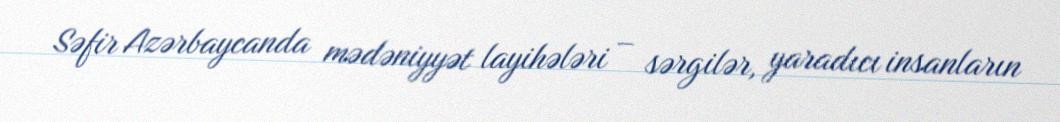
Səfir Azərbaycanda mədəniyyət layihələri – sərgilər, yaradıcı insanların